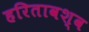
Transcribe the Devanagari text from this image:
हरितावश्व